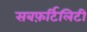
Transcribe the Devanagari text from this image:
सबफ़र्टिलिटी